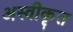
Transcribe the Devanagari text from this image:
अस्‍वीकृत